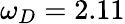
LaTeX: \omega_{D}=2.11